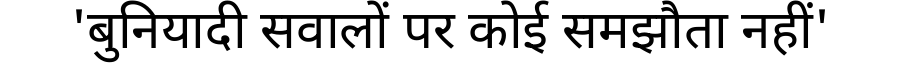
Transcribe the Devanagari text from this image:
'बुनियादी सवालों पर कोई समझौता नहीं'